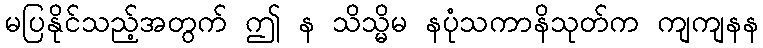
မပြနိုင်သည့်အတွက် ဤ န သိသ္မိမ နပုံသကာနိသုတ်က ကျကျနန